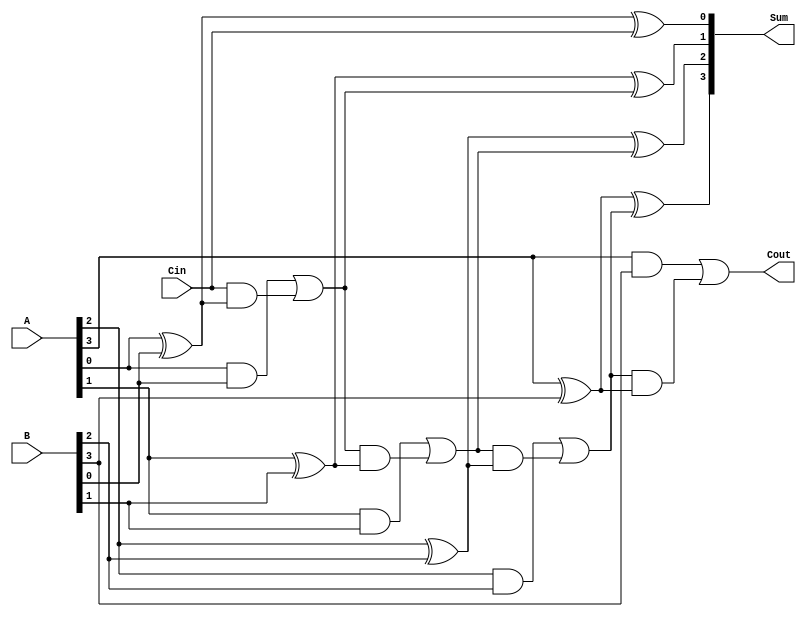
module ParallelFullAdder #(parameter n = 4) (
    input  [n-1:0] A,       // First operand (n-bit)
    input  [n-1:0] B,       // Second operand (n-bit)
    input  Cin,             // Carry input (1-bit)
    output [n-1:0] Sum,     // Sum output (n-bit)
    output Cout             // Carry output (1-bit)
);

    // Intermediate carry signals
    wire [n:0] C; // Carry signals, C[0] is Cin, C[n] is Cout

    // Assign Cin to C[0]
    assign C[0] = Cin;

    // Generate the sum and carry for each bit
    genvar i;
    generate
        for (i = 0; i < n; i = i + 1) begin : full_adder
            // Sum calculation
            assign Sum[i] = A[i] ^ B[i] ^ C[i];

            // Carry calculation
            assign C[i + 1] = (A[i] & B[i]) | (C[i] & (A[i] ^ B[i]));
        end
    endgenerate

    // Assign the final carry output
    assign Cout = C[n];

endmodule